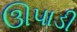
ઊપાડી